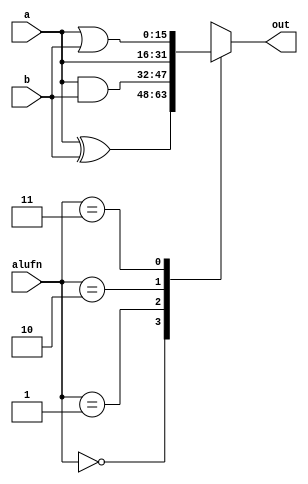
module bool_12 (
    input [15:0] a,
    input [15:0] b,
    input [1:0] alufn,
    output reg [15:0] out
  );
  
  
  
  always @* begin
    
    case (alufn)
      1'h0: begin
        out = a ^ b;
      end
      1'h1: begin
        out = a & b;
      end
      2'h2: begin
        out = a;
      end
      2'h3: begin
        out = a | b;
      end
      default: begin
        out = 16'h0000;
      end
    endcase
  end
endmodule